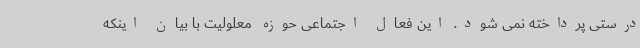
درستی پرداخته نمی شود. این فعال اجتماعی حوزه معلولیت با بیان اینکه